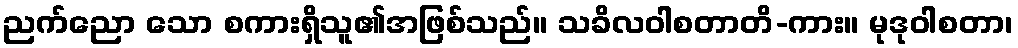
ညက်ညော သော စကားရှိသူ၏အဖြစ်သည်။ သခိလဝါစတာတိ-ကား။ မုဒုဝါစတာ၊